Causation and prevention of malarial fevers: a statement of the results of researches drawn up for the use of assistant surgeons, hospital assistants and students
Disease focus: Malaria
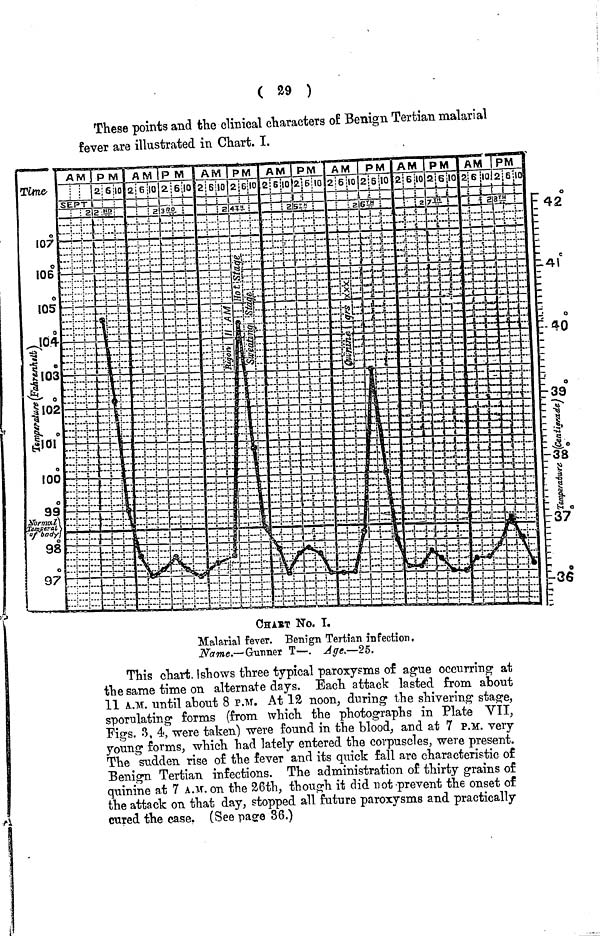
( 29 )
These points and the clinical characters of Benign Tertian malarial
fever are illustrated in Chart. I.
CHIrT No. I.
Malarial fever. Benign Tertian infection.
Name.— Guimer T—. Age.—25.
This chart. I shows three typical paroxysms of ague occurring at
the same time on alternate days. Each attack lasted from about
11 A.M. until about 8 P.M. At 12 noon, during the shivering stage,
sporulating forms (from which the photographs in Plate VII,
Pigs. 3, 4, were taken) were found in the blood, and at 7 P.M. very
young forms, which had lately entered the corpuscles, were present.
The sudden rise of the fever and its quick fall are characteristic of
Benign Tertian infections. The administration of thirty grains of
quinine at 7 A.M. on the 26th, though it did not prevent the onset of
the attack on that day, stopped all future paroxysms and practically
cured the case. (See page 36.)